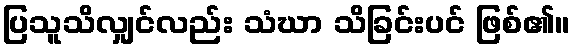
ပြသူသိလျှင်လည်း သံဃာ သိခြင်းပင် ဖြစ်၏။